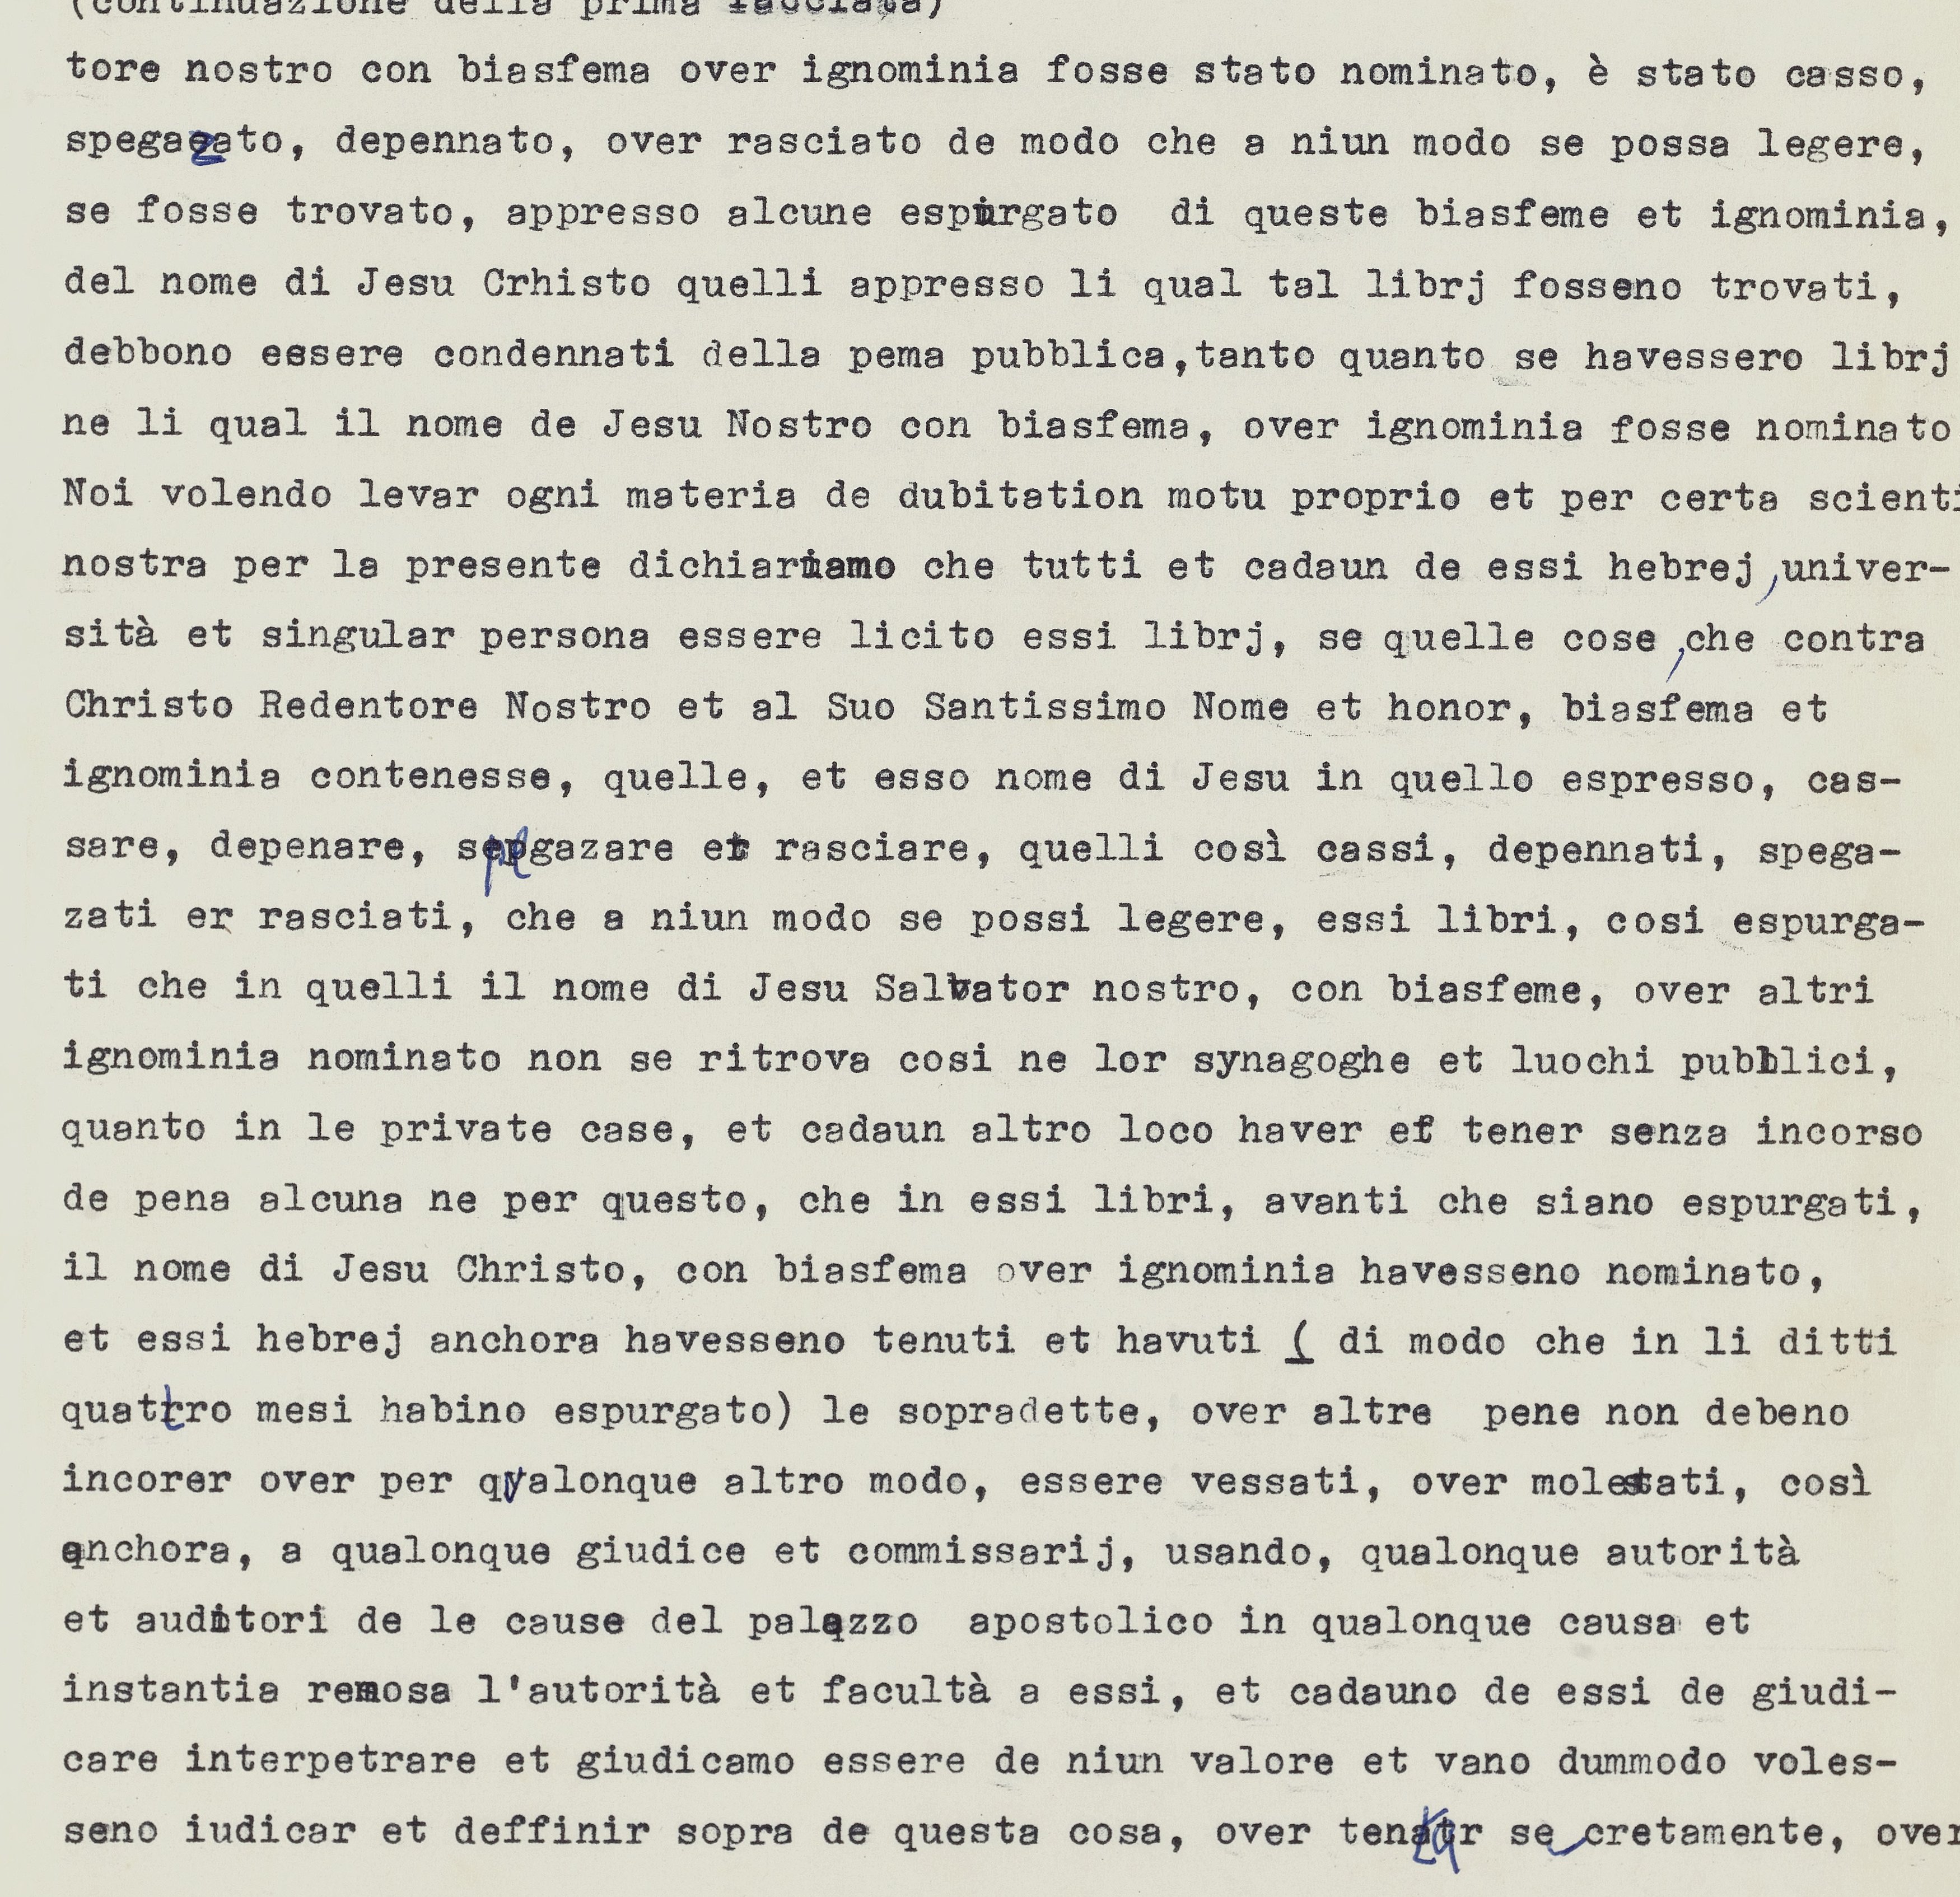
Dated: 1553–1555